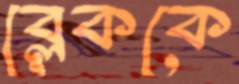
ব্লেককে